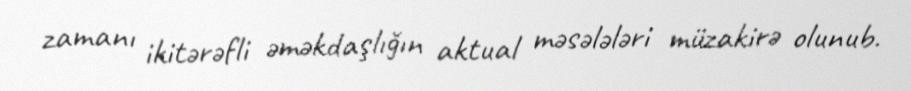
zamanı ikitərəfli əməkdaşlığın aktual məsələləri müzakirə olunub.